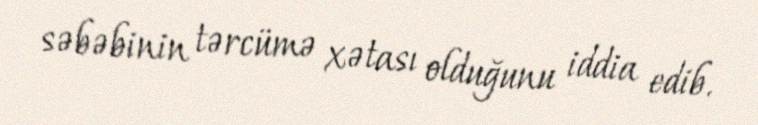
səbəbinin tərcümə xətası olduğunu iddia edib.